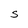
Character: S